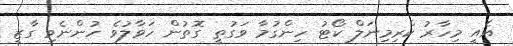
އެއީ މިހާރު ކްރިމިނަލް ކޯޓު ހިންގުމާ ވަގުތީ ގޮތުން ހަވާލުވެ ހުންނެވި ގާޒީ